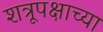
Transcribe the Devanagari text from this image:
शत्रूपक्षाच्या